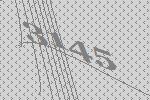
3145